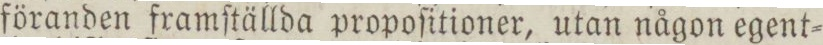
föranden framſtällda propoſitioner, utan någon egent=